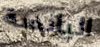
اليابسة